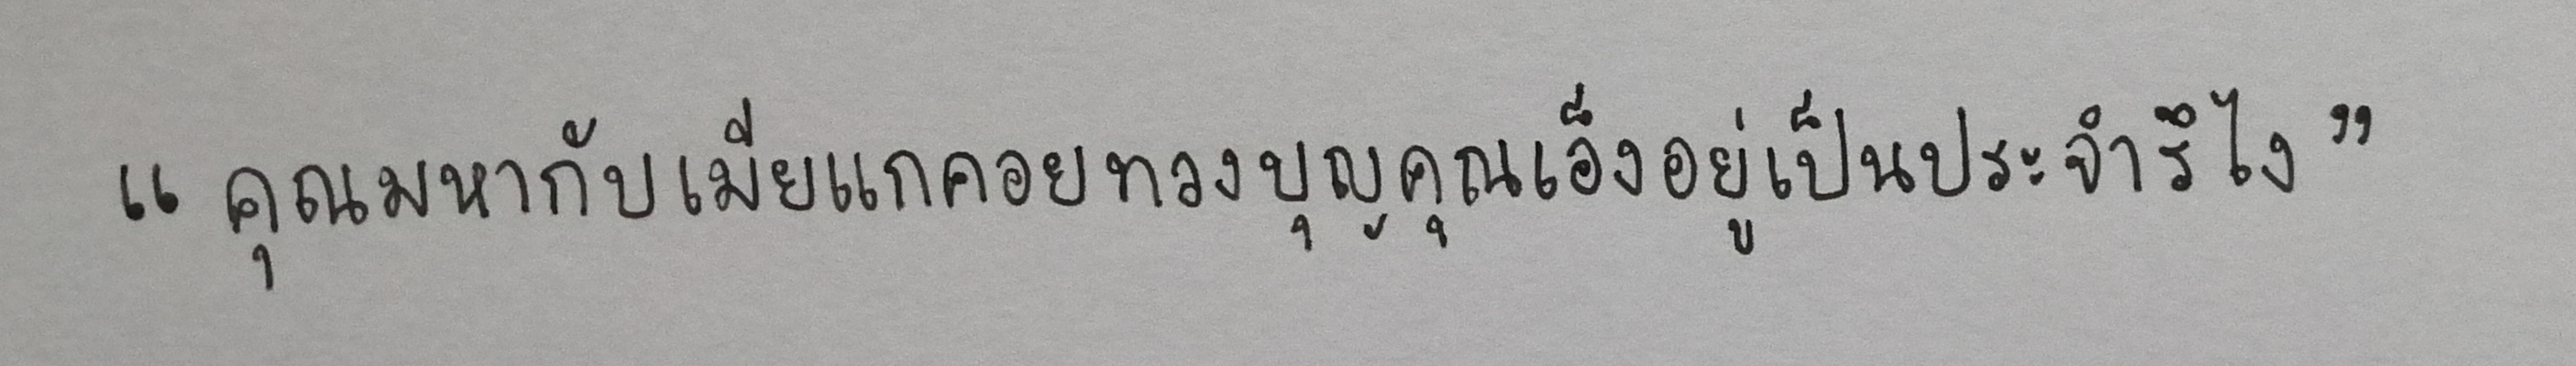
"คุณมหากับเมียแกคอยทวงบุญคุณเอ็งอยู่เป็นประจำรึไง"